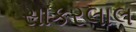
સાકરલાલ